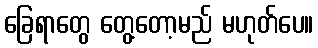
ခြေရာတွေ တွေ့တော့မည် မဟုတ်ပေ။